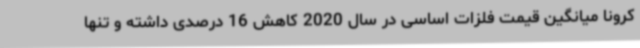
کرونا میانگین قیمت فلزات اساسی در سال 2020 کاهش 16 درصدی داشته و تنها